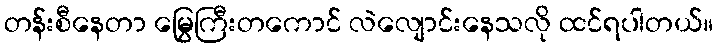
တန်းစီနေတာ မြွေကြီးတကောင် လဲလျောင်းနေသလို ထင်ရပါတယ်။